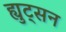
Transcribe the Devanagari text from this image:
ह्युट्सन